Civil Veterinary Department Bengal reports 1933-51 - 1933-1951
Year: 1933
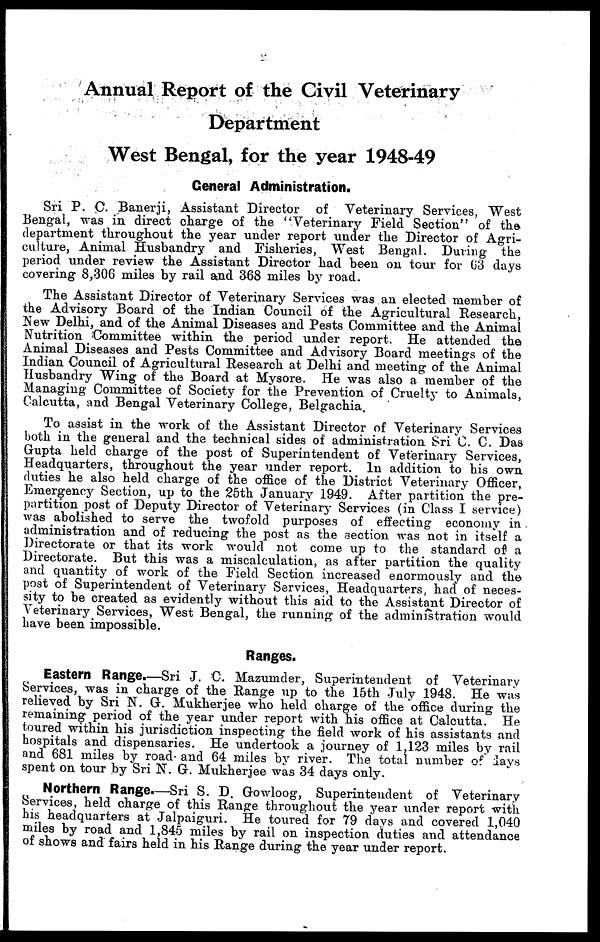
Annual Report of the Civil Veterinary
Department
West Bengal, for the year 1948-49
General Administration.
Sri P. C. Banerji, Assistant Director of Veterinary Services, West
Bengal, was in direct charge of the "Veterinary Field Section" of the
department throughout the year under report under the Director of Agri-
culture, Animal Husbandry and Fisheries, West Bengal. During the
period under review the Assistant Director had been on tour for 63 days
covering 8,306 miles by rail and 368 miles by road.
The Assistant Director of Veterinary Services was an elected member of
the Advisory Board of the Indian Council of the Agricultural Research,
New Delhi, and of the Animal Diseases and Pests Committee and the Animal
Nutrition Committee within the period under report. He attended the
Animal Diseases and Pests Committee and Advisory Board meetings of the
Indian Council of Agricultural Research at Delhi and meeting of the Animal
Husbandry Wing of the Board at Mysore. He was also a member of the
Managing Committee of Society for the Prevention of Cruelty to Animals,
Calcutta, and Bengal Veterinary College, Belgachia.
To assist in the work of the Assistant Director of Veterinary Services
both in the general and the technical sides of administration Sri C. C. Das
Gupta held charge of the post of Superintendent of Veterinary Services,
Headquarters, throughout the year under report. In addition to his own
duties he also held charge of the office of the District Veterinary Officer,
Emergency Section, up to the 25th January 1949. After partition the pre-
paration post of Deputy Director of Veterinary Services (in Class I service)
was abolished to serve the twofold purposes of effecting economy in
administration and of reducing the post as the section was not in itself a
Directorate or that its work would not come up to the standard of a
Directorate. But this was a miscalculation, as after partition the quality
and quantity of work of the Field Section increased enormously and the
post of Superintendent of Veterinary Services, Headquarters, had of neces-
sity to be created as evidently without this aid to the Assistant Director of
Veterinary Services, West Bengal, the running of the administration would
have been impossible.
Ranges.
Eastern Range.—Sri J. C. Mazumder, Superintendent of Veterinary
Services, was in charge of the Range up to the 15th July 1948. He was
relieved by Sri N. G. Mukherjee who held charge of the office during the
remaining period of the year under report with his office at Calcutta. He
toured within his jurisdiction inspecting the field work of his assistants and
hospitals and dispensaries. He undertook a journey of 1,123 miles by rail
and 681 miles by road and 64 miles by river. The total number of days
spent on tour by Sri N. G. Mukherjee was 34 days only.
Northern Range.—Sri S. D. Gowloog, Superintendent of Veterinary
Services, held charge of this Range throughout the year under report with
his headquarters at Jalpaiguri. He toured for 79 days and covered 1,040
miles by road and 1,845 miles by rail on inspection duties and attendance
of shows and fairs held in his Range during the year under report.